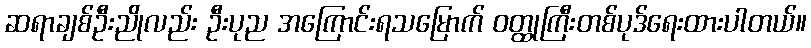
ဆရာချစ်ဦးညိုလည်း ဦးပုည အကြောင်းရသမြောက် ဝတ္ထုကြီးတစ်ပုဒ်ရေးထားပါတယ်။